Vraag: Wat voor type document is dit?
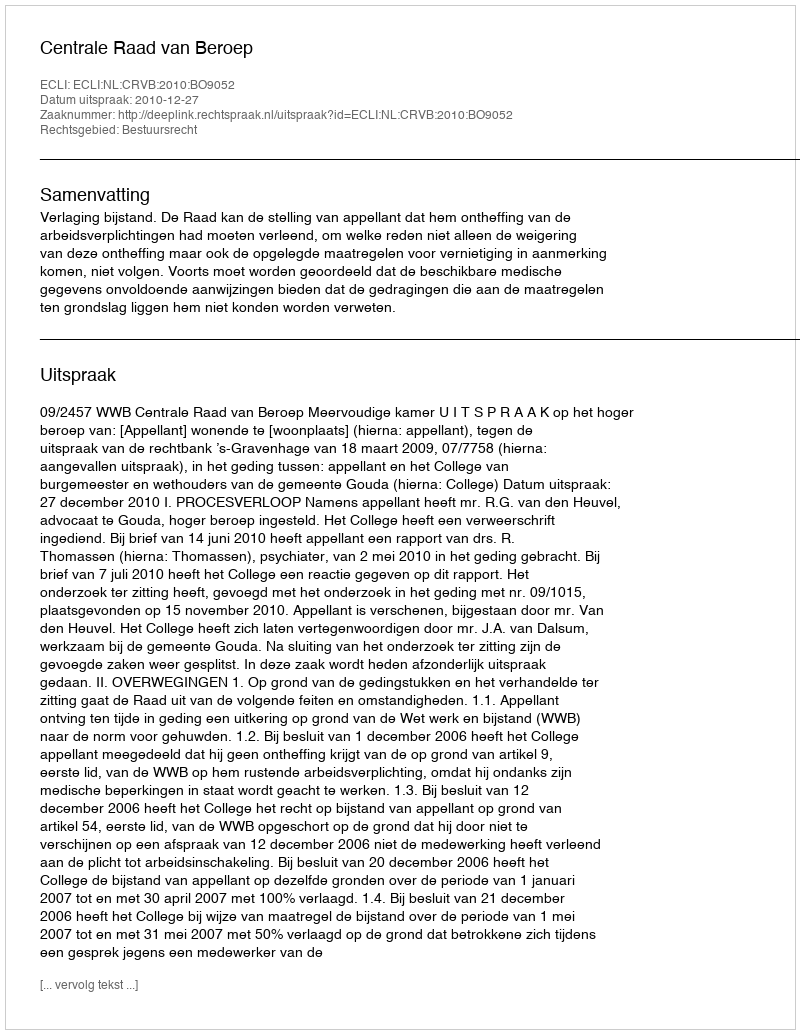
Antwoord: Uitspraak